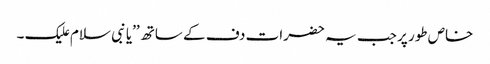
خاص طور پر جب یہ حضرات دف کے ساتھ ’’یا نبی سلام علیک ۔